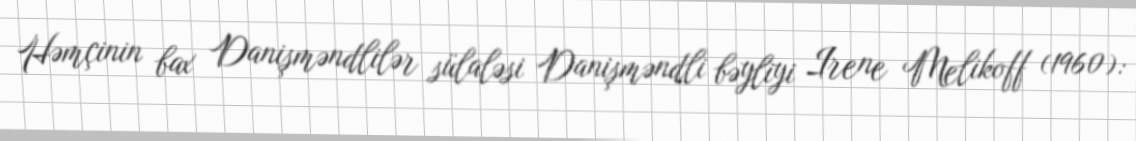
Həmçinin bax Danişməndlilər sülaləsi Danişməndli bəyliyi Irene Melikoff (1960):